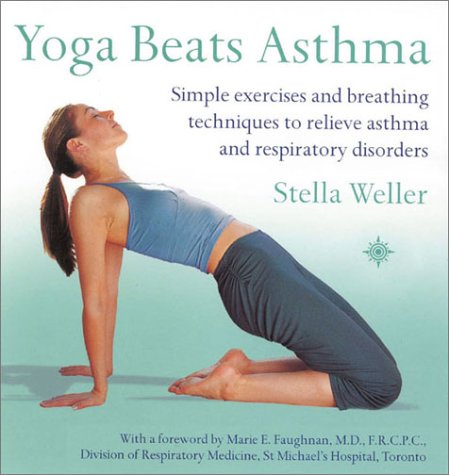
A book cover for Yoga Beats Asthma: Simple Exercises and Breathing Techniques to Relieve Asthma and Other Respiratory Disorders; Stella Weller; Health, Fitness & Dieting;